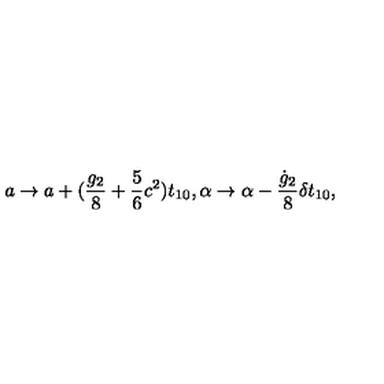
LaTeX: a \rightarrow a + ( \frac { g _ { 2 } } { 8 } + \frac { 5 } { 6 } c ^ { 2 } ) t _ { 1 0 } , \alpha \rightarrow \alpha - \frac { \dot { g } _ { 2 } } { 8 } \delta t _ { 1 0 } ,